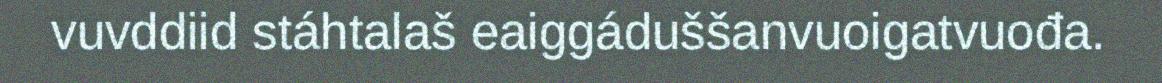
vuvddiid stáhtalaš eaiggáduššanvuoigatvuođa.